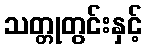
သတ္တုတွင်းနှင့်